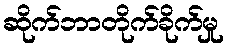
ဆိုက်ဘာတိုက်ခိုက်မှု